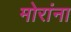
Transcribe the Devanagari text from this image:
मोरांना